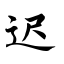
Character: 迟